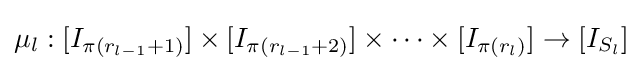
\mu _{l}:[I_{\pi (r_{l-1}+1)}]\times [I_{\pi (r_{l-1}+2)}]\times \cdots \times [I_{\pi (r_{l})}]\to [I_{S_{l}}]